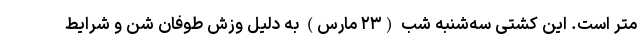
متر است. این کشتی سه‌شنبه شب (۲۳ مارس) به دلیل وزش طوفان شن و شرایط